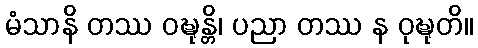
မံသာနိ တဿ ဝဍ္ဎုန္တိ၊ ပညာ တဿ န ဝုဍ္ဎုတိ။